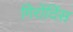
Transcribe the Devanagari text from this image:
गिरोंदिंस